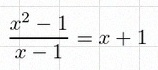
\frac{x^2-1}{x-1}=x+1